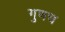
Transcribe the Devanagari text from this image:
गुणच